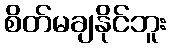
စိတ်မချနိုင်ဘူး